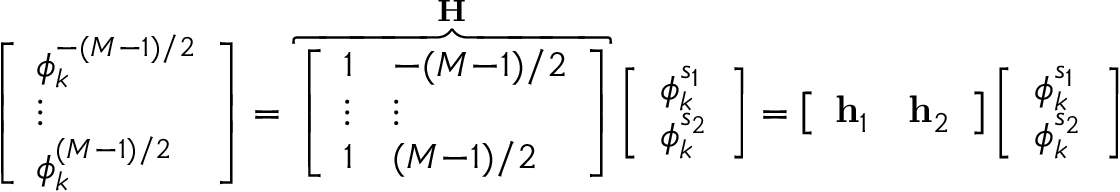
\left[ \begin{array} { l } { \phi _ { k } ^ { - ( M - 1 ) / 2 } } \\ { \vdots } \\ { \phi _ { k } ^ { ( M - 1 ) / 2 } } \end{array} \right] = \overbrace { \left[ \begin{array} { l l } { 1 } & { - ( M { - } 1 ) / 2 } \\ { \vdots } & { \vdots } \\ { 1 } & { ( M { - } 1 ) / 2 } \end{array} \right] } ^ { \mathbf { H } } \left[ \begin{array} { l } { \phi _ { k } ^ { s _ { 1 } } } \\ { \phi _ { k } ^ { s _ { 2 } } } \end{array} \right] = \left[ \begin{array} { l l } { \mathbf { h } _ { 1 } } & { \mathbf { h } _ { 2 } } \end{array} \right] \left[ \begin{array} { l } { \phi _ { k } ^ { s _ { 1 } } } \\ { \phi _ { k } ^ { s _ { 2 } } } \end{array} \right]